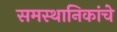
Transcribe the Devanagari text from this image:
समस्थानिकांचे